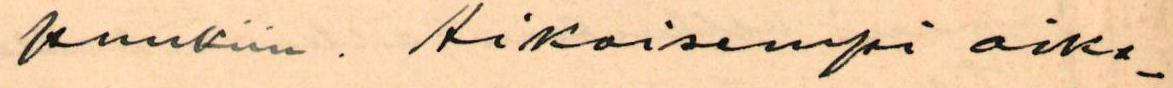
punkiin. Aikaisempi aika-